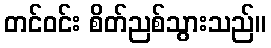
တင်ဝင်း စိတ်ညစ်သွားသည်။